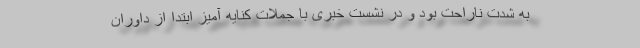
به شدت ناراحت بود و در نشست خبری با جملات کنایه آمیز ابتدا از داوران